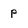
Character: p